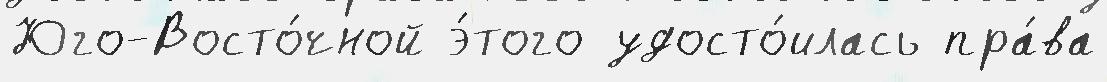
Юго-Восто́чной э́того удосто́илась пра́ва